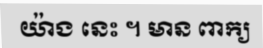
យ៉ាង នេះ ។ មាន ពាក្យ